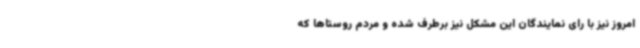
امروز نیز با رای نمایندگان این مشکل نیز برطرف شده و مردم روستاها که